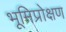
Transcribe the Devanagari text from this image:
भूमिप्रोक्षण